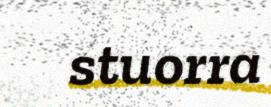
stuorra